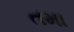
તમા